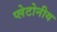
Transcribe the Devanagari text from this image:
प्लेटोनीय